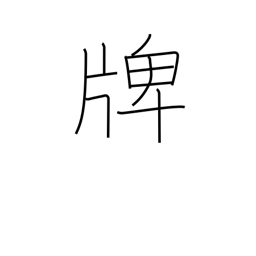
Meaning: medal